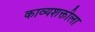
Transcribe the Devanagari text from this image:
काव्यशक्तीला